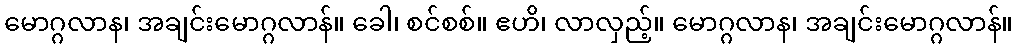
မောဂ္ဂလာန၊ အချင်းမောဂ္ဂလာန်။ ခေါ၊ စင်စစ်။ ဧဟိ၊ လာလှည့်။ မောဂ္ဂလာန၊ အချင်းမောဂ္ဂလာန်။